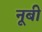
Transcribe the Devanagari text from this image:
नूबी